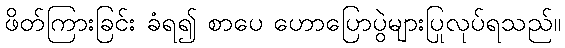
ဖိတ်ကြားခြင်း ခံရ၍ စာပေ ဟောပြောပွဲများပြုလုပ်ရသည်။